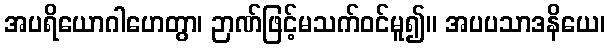
အပရိယောဂါဟေတွာ၊ ဉာဏ်ဖြင့်မသက်ဝင်မူ၍။ အပပသာဒနိယေ၊